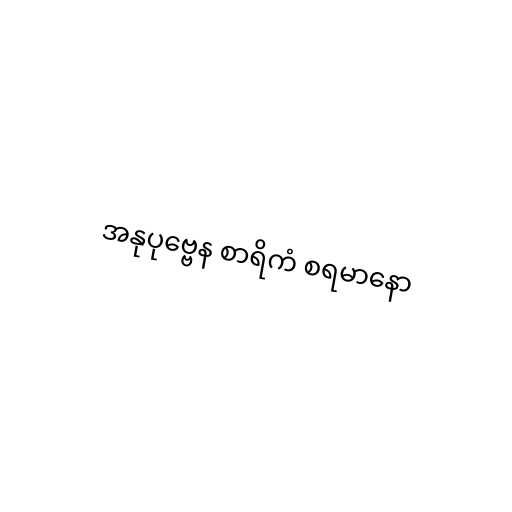
အနုပုဗ္ဗေန စာရိကံ စရမာနော